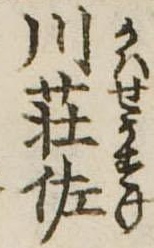
川荘佐